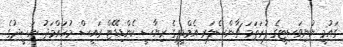
ގައުމީ ޔުނިވަސިޓީގެ ފުރަތަމަ ޗާންސެލަރ އެމްޑީޕީގެ ރިޔާސީ ކެންޑިޑޭޓް ރައީސް މުހައްމަދު ނަޝީދުގެ